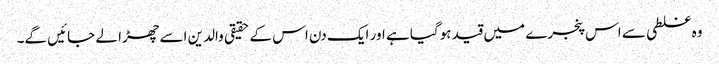
وہ غلطی سے اس پنجرے میں قید ہوگیا ہے اور ایک دن اس کے حقیقی والدین اسے چھڑا لے جائیں گے۔